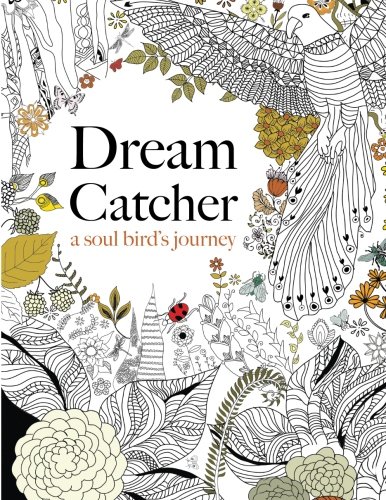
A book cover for Dream Catcher: a soul bird's journey: A beautiful and inspiring colouring book for all ages; Christina Rose; Arts & Photography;